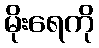
မိုးရေကို